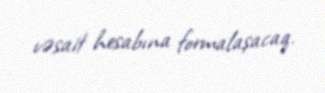
vəsait hesabına formalaşacaq.